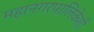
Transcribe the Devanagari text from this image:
महानगरपालिकेशी